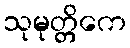
သုမုတ္တိကေ